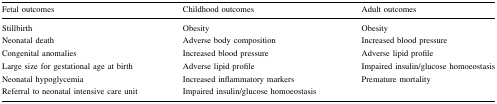
<table><thead><tr><td><b>Fetal outcomes</b></td><td><b>Childhood outcomes</b></td><td><b>Adult outcomes</b></td></tr></thead><tbody><tr><td>StillbirthNeonatal deathCongenital anomaliesLarge size for gestational age at birthNeonatal hypoglycemiaReferral to neonatal intensive care unit</td><td>ObesityAdverse body compositionIncreased blood pressureAdverse lipid profileIncreased inflammatory markersImpaired insulin/glucose homoeostasis</td><td>ObesityIncreased blood pressureAdverse lipid profileImpaired insulin/glucose homoeostasisPremature mortality</td></tr></tbody></table>